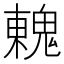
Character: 䰤